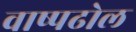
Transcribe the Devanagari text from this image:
वाष्पढोल